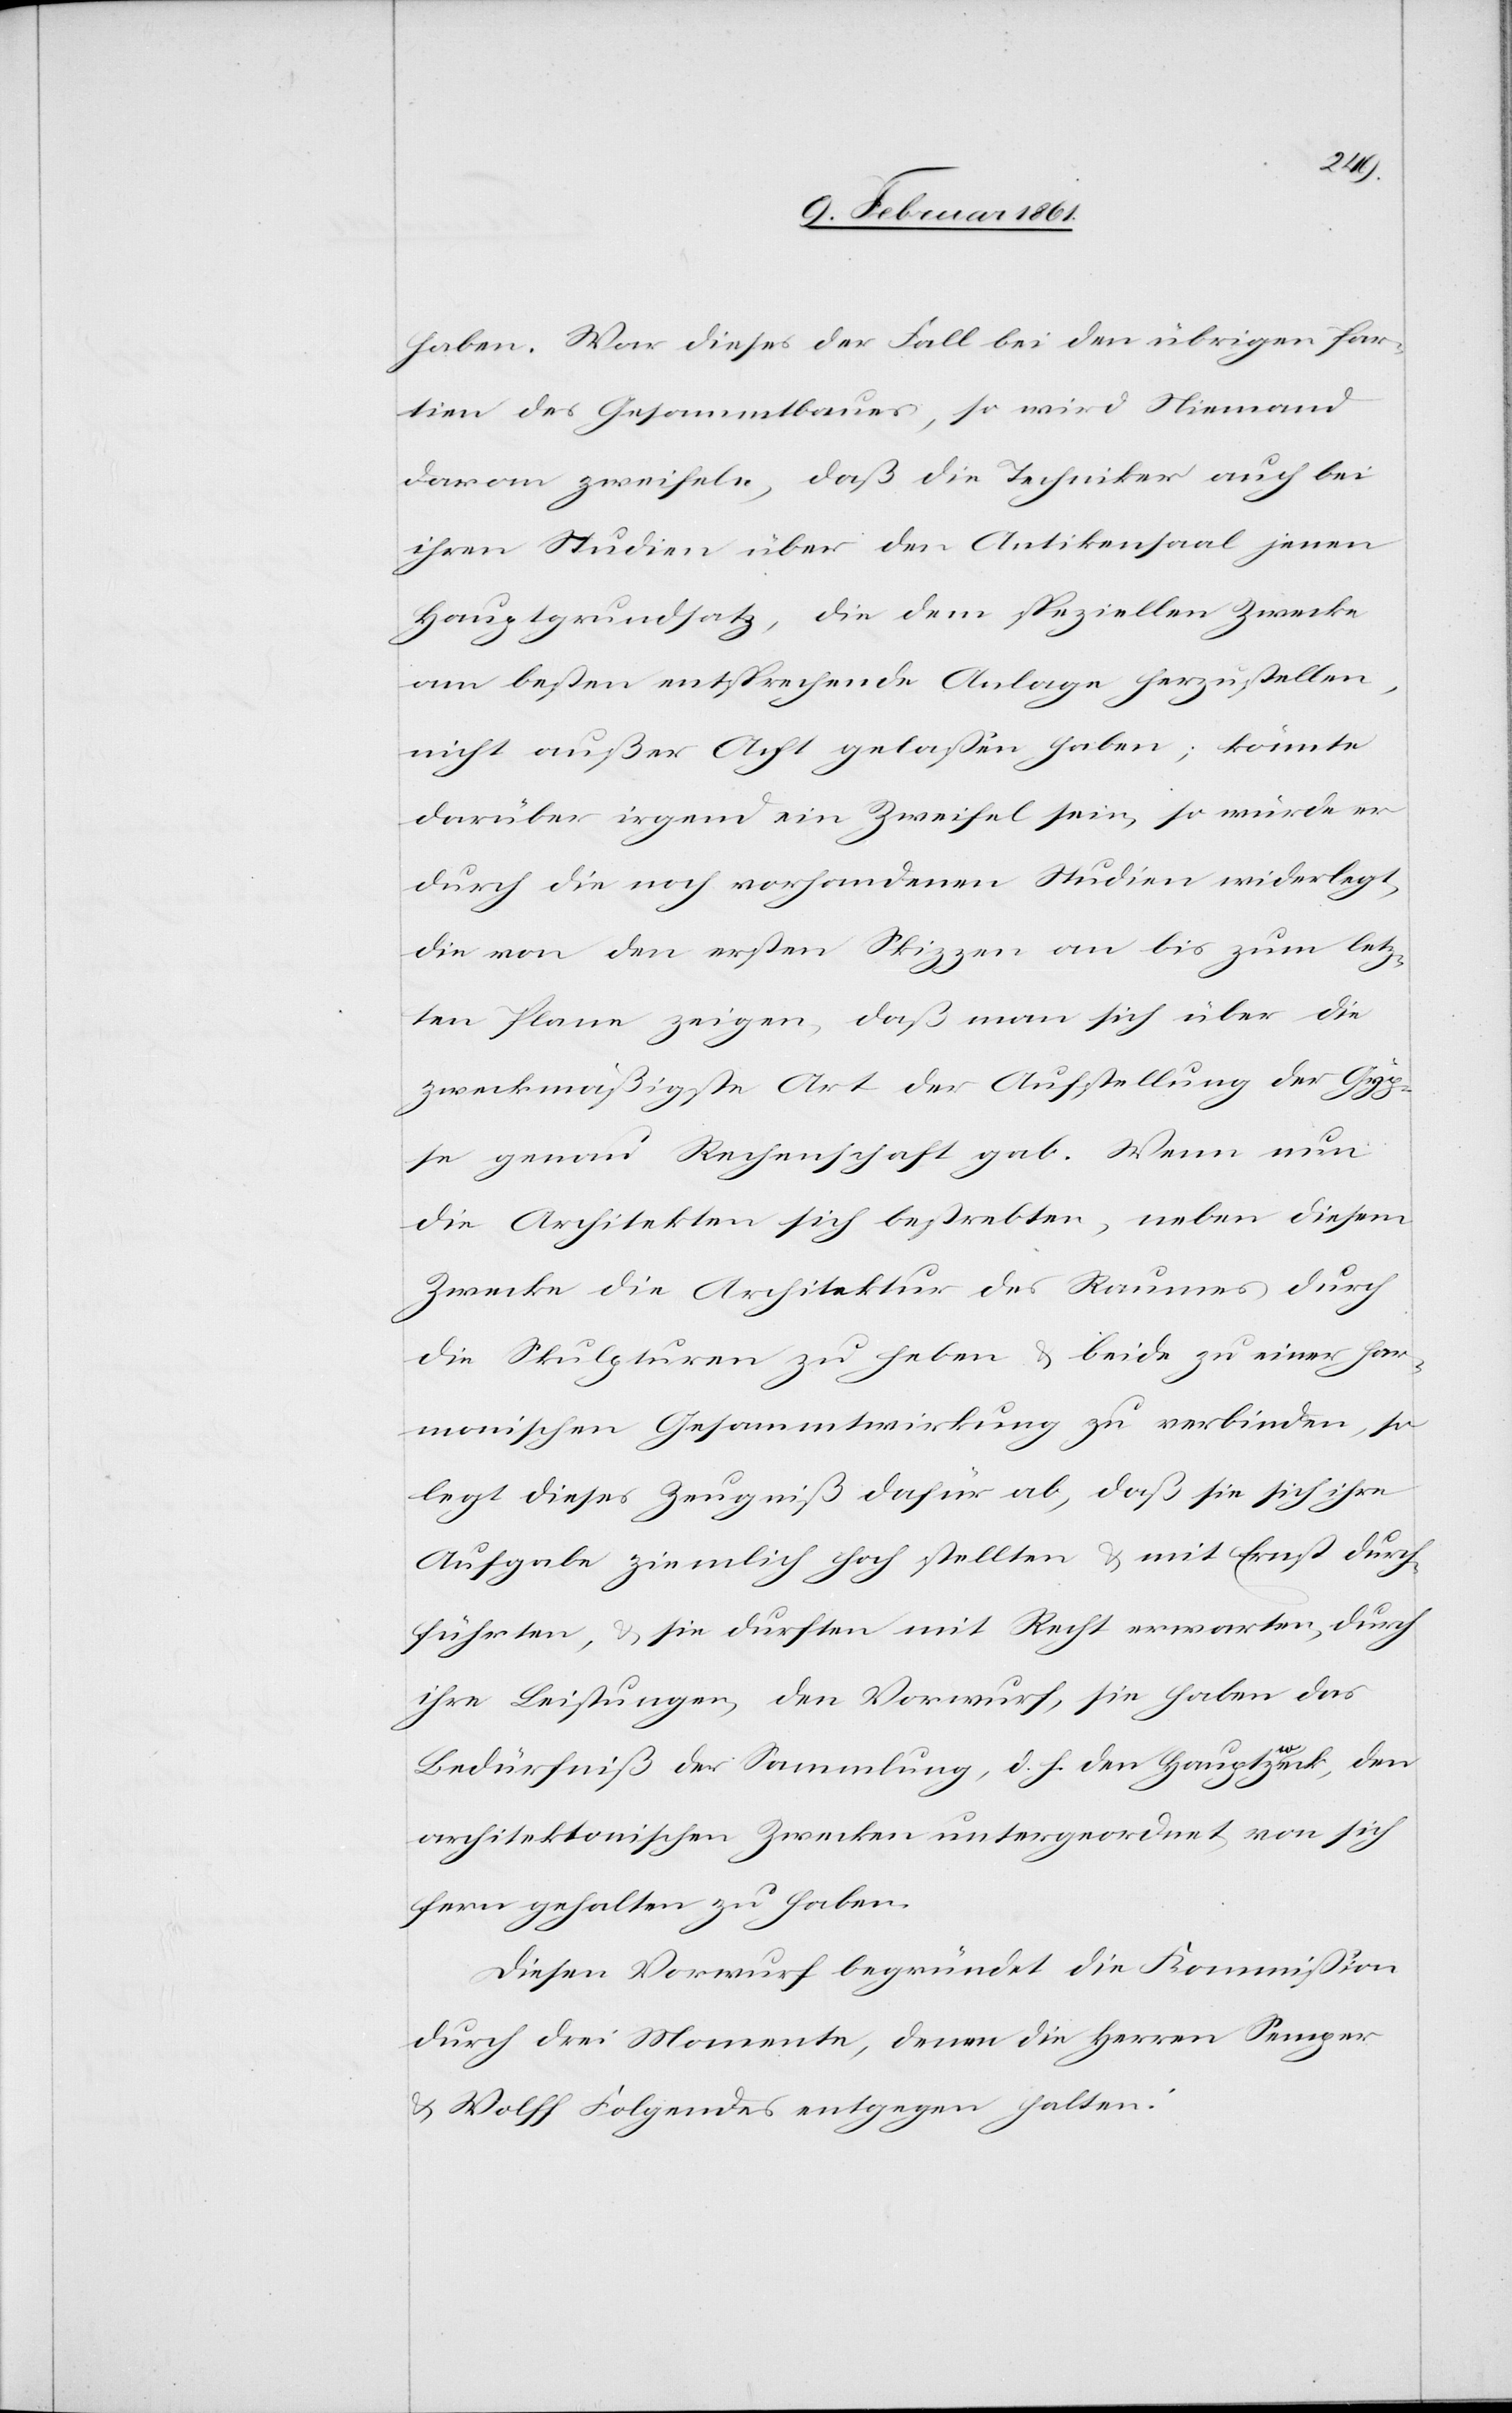
haben. War dieses der Fall bei den übrigen Par¬
tien des Gesammtbaues, so wird Niemand
daran zweifeln, daß die Techniker auch bei
ihren Studien über den Antikensaal jenen
Hauptgrundsatz, die dem speziellen Zwecke
am besten entsprechende Anlage herzustellen,
nicht außer Acht gelassen haben; könnte
darüber irgend ein Zweifel sein, so würde er
durch die noch vorhandenen Studien widerlegt,
die von den ersten Skizzen an bis zum letz¬
ten Plane zeigen, daß man sich über die
zweckmäßigste Art der Aufstellung der Gyp¬
se genau Rechenschaft gab. Wenn nun
die Architekten sich bestrebten, neben diesem
Zwecke die Architektur des Raumes durch
die Skulpturen zu heben u. beide zu einer har¬
monischen Gesammtwirkung zu verbinden, so
legt dieses Zeugniß dafür ab, daß sie sich ihre
Aufgabe ziemlich hoch stellten u. mit Ernst durch¬
führten, u. sie durften mit Recht erwarten, durch
ihre Leistungen, den Vorwurf, sie haben das
Bedürfniß der Sammlung, d. h. den Hauptzweck, den
architektonischen Zwecken untergeordnet, von sich
fern gehalten zu haben.
Diesen Vorwurf begründet die Kommission
durch drei Momente, denen die Herren Semper
u. Wolff Folgendes entgegen halten.